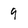
Character: 9